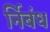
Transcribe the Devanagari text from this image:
र्निबंध